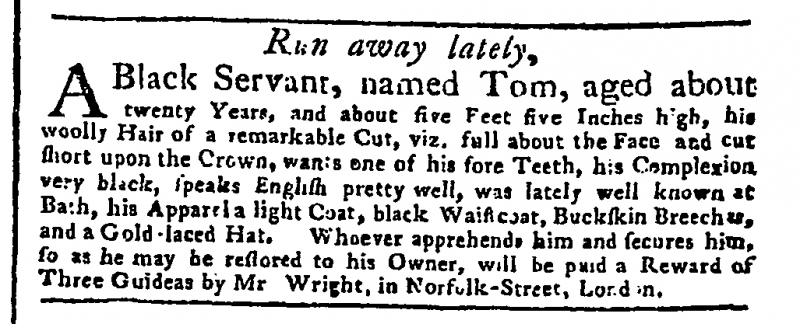
Whitehall Evening Post or London Intelligencer, 31 October 1754 (England)
                Run away lately,A Black Servant, named Tom, aged about twenty Years, and about five Feet five Inches high, his woolly Hair of a remarkable Cut, viz. full about the Face and cut short upon the Crown, wants one of his fore Teeth, his Complexion very black, speaks English pretty well, was lately well known at Bath, his Apparel a light Coat, black Waistcoat, Buckskin Breeches, and a Gold-laced Hat. Whoever apprehends him and secures him, so as he may be restored to his Owner, will be paid a Reward of Three Guineas by Mr Wright, in Norfolk-Street, London.